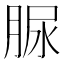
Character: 脲